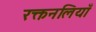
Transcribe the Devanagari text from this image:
रक्तनलियाँ